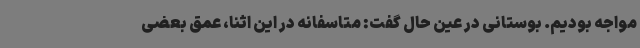
مواجه بودیم. بوستانی در عین حال گفت: متاسفانه در این اثنا، عمق بعضی